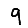
Digit: 9